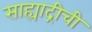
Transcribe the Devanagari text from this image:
साह्याद्रीची